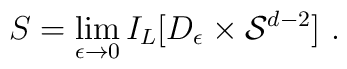
S = \lim_{\epsilon \rightarrow 0} I_{L} [D_{\epsilon} \times{\cal S}^{d-2}] \ .